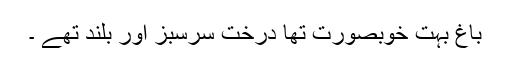
باغ بہت خوبصورت تھا درخت سرسبز اور بلند تھے ۔